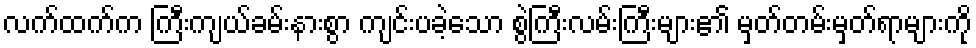
လက်ထက်က ကြီးကျယ်ခမ်းနားစွာ ကျင်းပခဲ့သော စွဲကြီးလမ်းကြီးများ၏ မှတ်တမ်းမှတ်ရာများကို